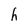
Character: h